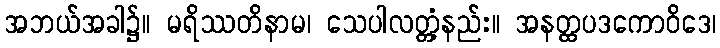
အဘယ်အခါ၌။ မရိဿတိနာမ၊ သေပါလတ္တံ့နည်း။ အနတ္ထပဒကောဝိဒေ၊